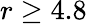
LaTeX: r\ge 4.8